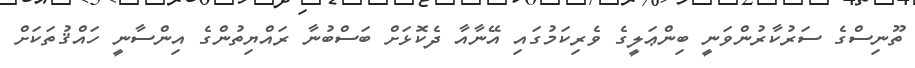
ތޫނިސްގެ ސަރުކާރުންވަނީ ބިންޢަލީގެ ވެރިކަމުގައި އޭނާއާ ދެކޮޅަށް ބަސްބުނާ ރައްޔިތުންގެ އިންސާނީ ހައްޤުތަކަށް